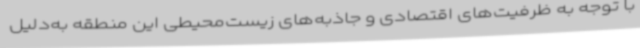
با توجه به ظرفیت‌های اقتصادی و جاذبه‌های زیست‌محیطی‌ این منطقه به‌دلیل